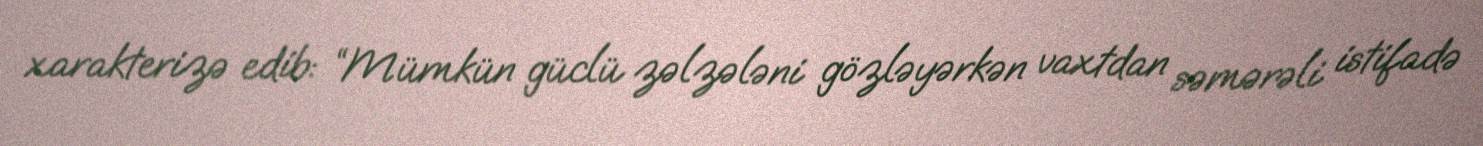
xarakterizə edib: “Mümkün güclü zəlzələni gözləyərkən vaxtdan səmərəli istifadə